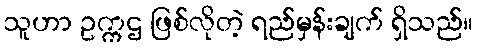
သူဟာ ဥက္ကဌ ဖြစ်လိုတဲ့ ရည်မှန်းချက် ရှိသည်။